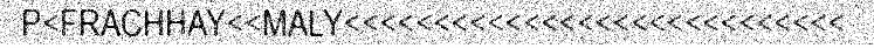
P<FRACHHAY<<MALY<<<<<<<<<<<<<<<<<<<<<<<<<<<<